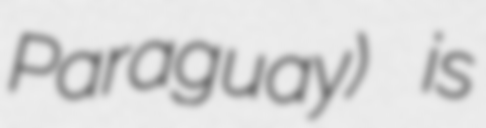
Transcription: Paraguay) is